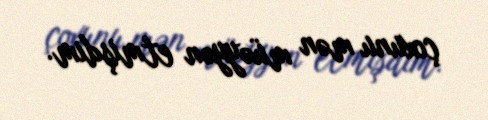
çoxunu mən müəyyən etmişdim.